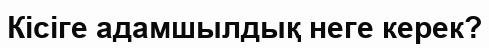
Кісіге адамшылдық неге керек?